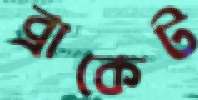
ব্রাকেট